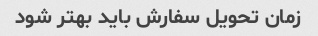
زمان تحویل سفارش باید بهتر شود